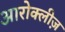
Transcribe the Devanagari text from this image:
आरोक्लीज़